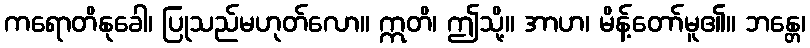
ကရောတိနုခေါ၊ ပြုသည်မဟုတ်လော။ ဣတိ၊ ဤသို့။ အာဟ၊ မိန့်တော်မူ၏။ ဘန္တေ၊